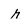
Character: r